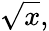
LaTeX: {\sqrt{x}},